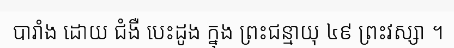
បារាំង ដោយ ជំងឺ បេះដូង ក្នុង ព្រះជន្មាយុ ៤៩ ព្រះវស្សា ។